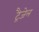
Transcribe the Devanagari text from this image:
ट्रैजेल